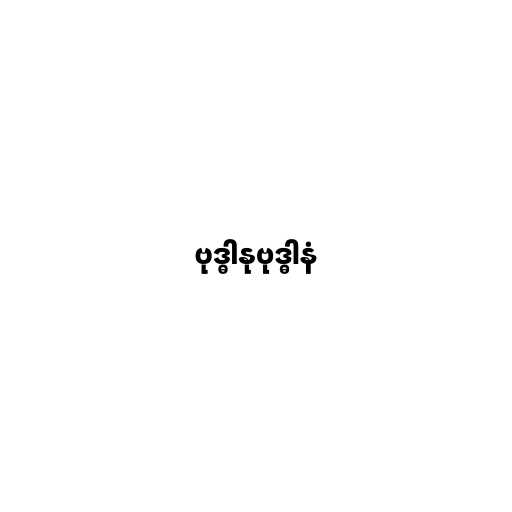
ဗုဒ္ဓါနုဗုဒ္ဓါနံ